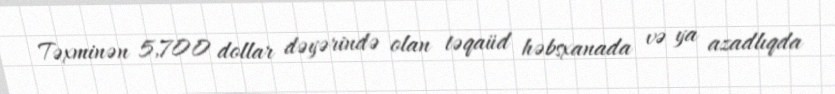
Təxminən 5,700 dollar dəyərində olan təqaüd həbsxanada və ya azadlıqda